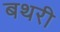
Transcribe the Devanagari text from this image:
बथरी